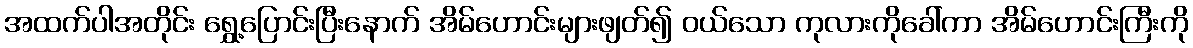
အထက်ပါအတိုင်း ရွှေ့ပြောင်းပြီးနောက် အိမ်ဟောင်းများဖျတ်၍ ဝယ်သော ကုလားကိုခေါ်ကာ အိမ်ဟောင်းကြီးကို